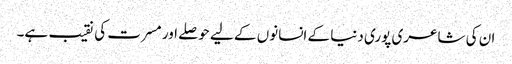
ان کی شاعری پوری دنیا کے انسانوں کے لیے حوصلے اور مسرت کی نقیب ہے۔